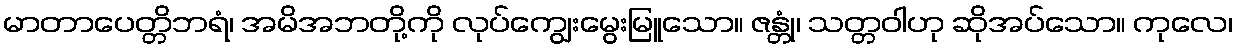
မာတာပေတ္တိဘရံ၊ အမိအဘတို့ကို လုပ်ကျွေးမွေးမြူသော။ ဇန္တုံ၊ သတ္တဝါဟု ဆိုအပ်သော။ ကုလေ၊